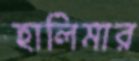
হালিমার